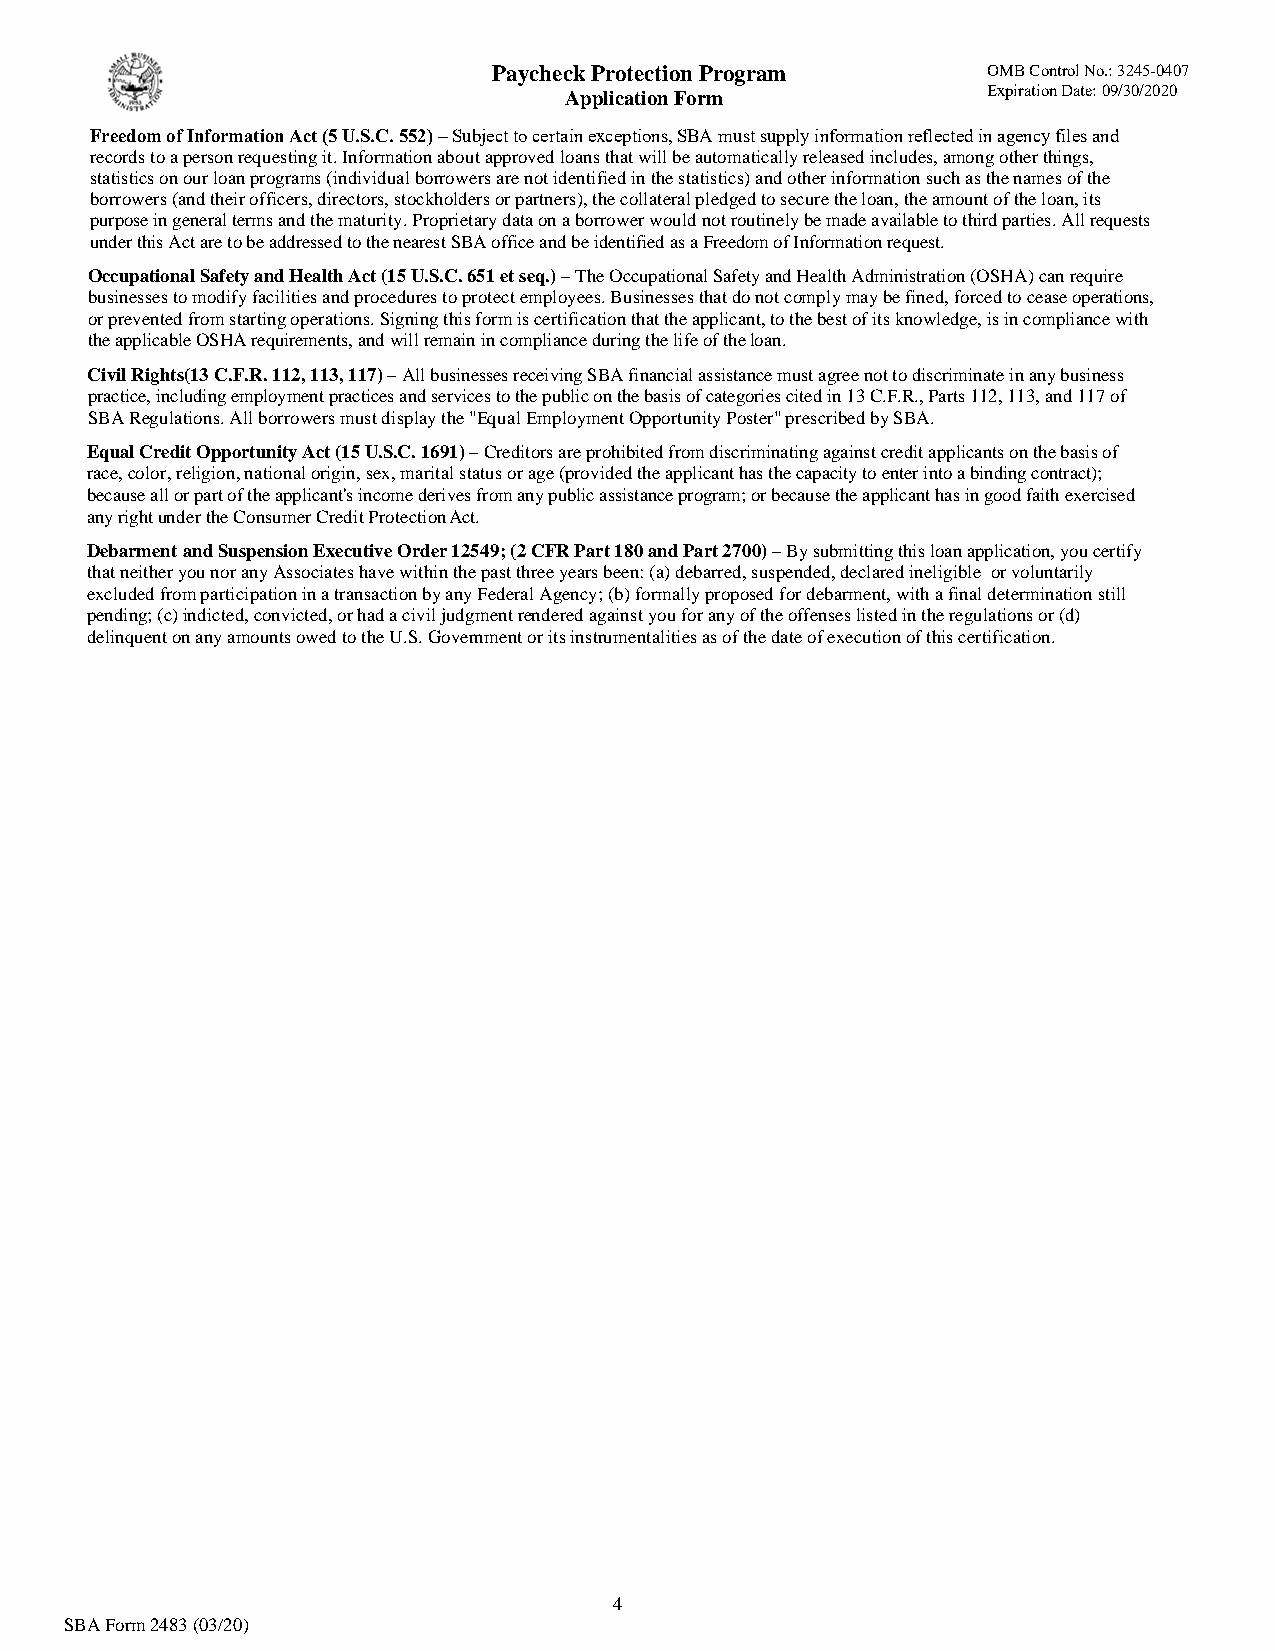
Paycheck Protection Program     OMB Control No.: 3245-0407
 Expiration Date: 09/30/2020
 Application Form
 Freedom of Information Act (5 U.S.C. 552) – Subject to certain exceptions, SBA must supply information reflected in agency files and
 records to a person requesting it. Information about approved loans that will be automatically released includes, among other things,
 statistics on our loan programs (individual borrowers are not identified in the statistics) and other information such as the names of the
 borrowers (and their officers, directors, stockholders or partners), the collateral pledged to secure the loan, the amount of the loan, its
 purpose in general terms and the maturity. Proprietary data on a borrower would not routinely be made available to third parties. All requests
 under this Act are to be addressed to the nearest SBA office and be identified as a Freedom of Information request.
 Occupational Safety and Health Act (15 U.S.C. 651 et seq.) – The Occupational Safety and Health Administration (OSHA) can require
 businesses to modify facilities and procedures to protect employees. Businesses that do not comply may be fined, forced to cease operations,
 or prevented from starting operations. Signing this form is certification that the applicant, to the best of its knowledge, is in compliance with
 the applicable OSHA requirements, and will remain in compliance during the life of the loan.
 Civil Rights(13 C.F.R. 112, 113, 117) – All businesses receiving SBA financial assistance must agree not to discriminate in any business
 practice, including employment practices and services to the public on the basis of categories cited in 13 C.F.R., Parts 112, 113, and 117 of
 SBA Regulations. All borrowers must display the "Equal Employment Opportunity Poster" prescribed by SBA.
 Equal Credit Opportunity Act (15 U.S.C. 1691) – Creditors are prohibited from discriminating against credit applicants on the basis of
 race, color, religion, national origin, sex, marital status or age (provided the applicant has the capacity to enter into a binding contract);
 because all or part of the applicant's income derives from any public assistance program; or because the applicant has in good faith exercised
 any right under the Consumer Credit Protection Act.
 Debarment and Suspension Executive Order 12549; (2 CFR Part 180 and Part 2700) – By submitting this loan application, you certify
 that neither you nor any Associates have within the past three years been: (a) debarred, suspended, declared ineligible or voluntarily
 excluded from participation in a transaction by any Federal Agency; (b) formally proposed for debarment, with a final determination still
 pending; (c) indicted, convicted, or had a civil judgment rendered against you for any of the offenses listed in the regulations or (d)
 delinquent on any amounts owed to the U.S. Government or its instrumentalities as of the date of execution of this certification.
 4
 SBA Form 2483 (03/20)